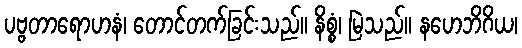
ပဗ္ဗတာရောဟနံ၊ တောင်တက်ခြင်းသည်။ နိစ္စံ၊ မြဲသည်။ နဟေဘိဂိယ၊